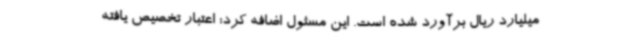
میلیارد ریال برآورد شده است. این مسئول اضافه کرد: اعتبار تخصیص یافته